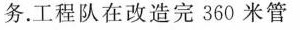
务。工程队在改造完360米管